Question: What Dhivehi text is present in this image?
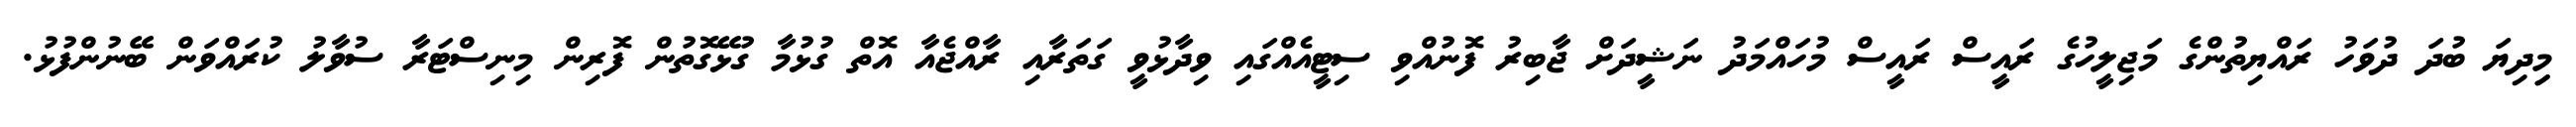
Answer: މިިދިޔަ ބުދަ ދުވަހު ރައްޔިތުންގެ މަޖިލީހުގެ ރައީސް ރައީސް މުހައްމަދު ނަޝީދަށް ޖާބިރު ފޮނުއްވި ސިޓީއެއްގައި ވިދާޅުވީ ގަތަރާއި ރާއްޖެއާ އޮތް ގުޅުމާ ގުޅޭގޮތުން ފޮރިން މިނިސްޓަރާ ސުވާލު ކުރައްވަން ބޭނުންފުޅު.